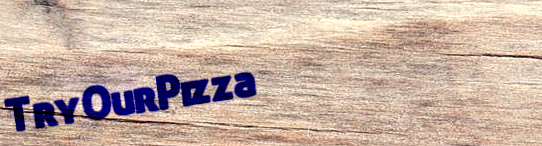
TryOurPizza